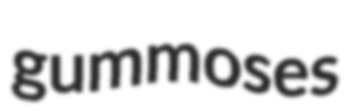
gummoses